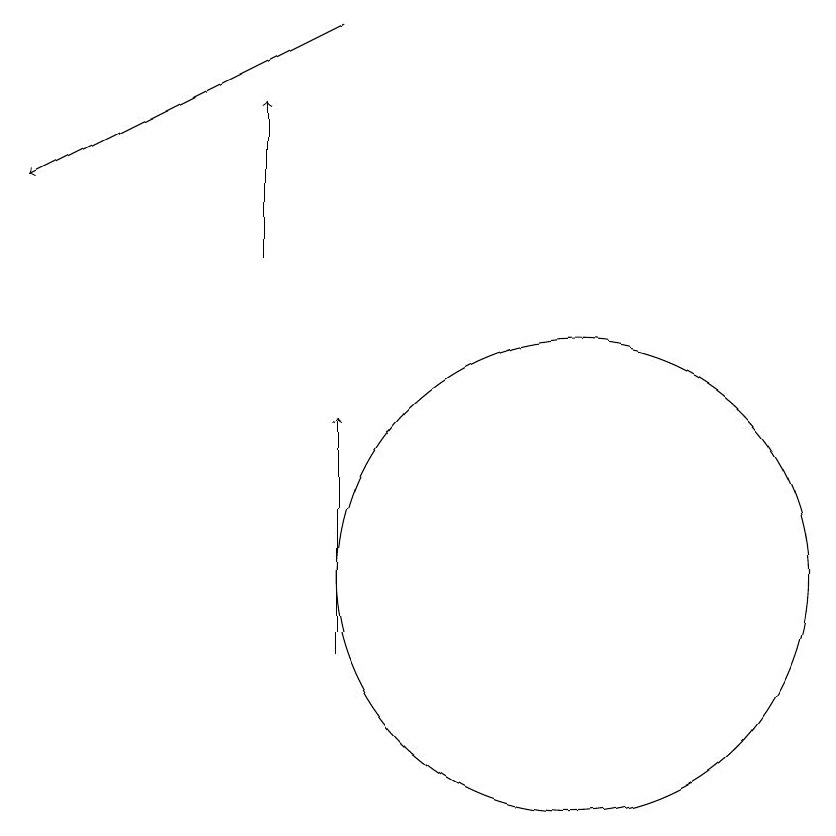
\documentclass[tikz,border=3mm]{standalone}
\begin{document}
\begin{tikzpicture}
\draw (11,12) circle (3);
\draw[->] (8,11) -- (8,14);
\draw[->] (7,16) -- (7,18);
\draw[->] (8,19) -- (4,17);
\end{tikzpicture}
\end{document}